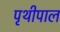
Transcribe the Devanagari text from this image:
पृथीपाल